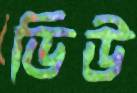
ডিউ